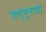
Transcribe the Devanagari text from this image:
सद्‌गुरूच्या